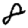
Digit: 8